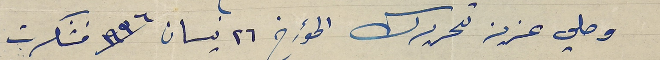
وصلي عزيز تحريرك المؤرخ ٢٦ نيسان سنة ١٩٣٦ فشكرت